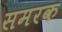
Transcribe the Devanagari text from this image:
समरक